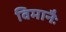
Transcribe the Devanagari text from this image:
विमानैः